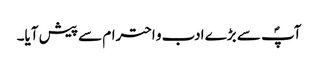
آپؐ سے بڑے ادب و احترام سے پیش آیا۔